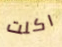
اكلت